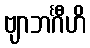
ဗျာဘင်္ဂီဟိ